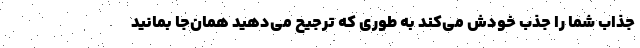
جذاب شما را جذب خودش می‌کند به طوری که ترجیح می‌دهید همان‌جا بمانید